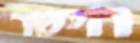
הישר